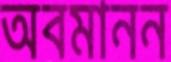
অবমানন